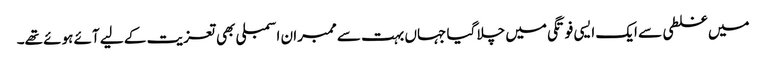
میں غلطی سے ایک ایسی فوتگی میں چلا گیا جہاں بہت سے ممبران اسمبلی بھی تعزیت کے لیے آئے ہوئے تھے۔